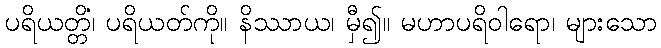
ပရိယတ္တိံ၊ ပရိယတ်ကို။ နိဿာယ၊ မှီ၍။ မဟာပရိဝါရော၊ များသော